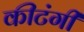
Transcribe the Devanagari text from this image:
कीटंगी